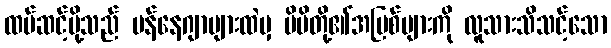
ထပ်ဆင့်ပို့သည် မန်နေဂျာများထဲမှ မိမိတို့၏အပြစ်များကို လူသားသိသင့်သော